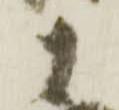
十